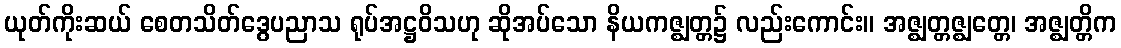
ယုတ်ကိုးဆယ် စေတသိတ်ဒွေပညာသ ရုပ်အဋ္ဌဝိသဟု ဆိုအပ်သော နိယကဇ္ဈတ္တ၌ လည်းကောင်း။ အဇ္ဈတ္တဇ္ဈတ္တေ၊ အဇ္ဈတ္တိက